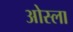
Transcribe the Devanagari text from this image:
ओस्ला